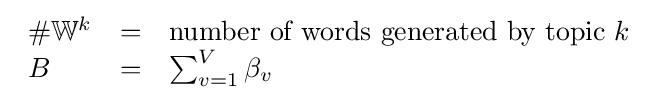
{\begin{array}{lcl}\#\mathbb {W} ^{k}&=&{\text{number of words generated by topic }}k\\B&=&\sum _{v=1}^{V}\beta _{v}\\\end{array}}